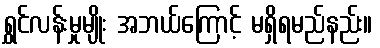
ရွှင်လန်းမှုမျိုး အဘယ်ကြောင့် မရှိရမည်နည်း။